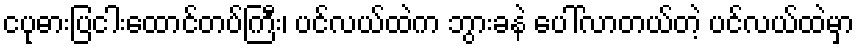
ငပုဓားပြငါးထောင်တပ်ကြီး၊ ပင်လယ်ထဲက ဘွားခနဲ ပေါ်လာတယ်တဲ့ ပင်လယ်ထဲမှာ